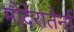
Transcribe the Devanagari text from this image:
मोदेरातेर्ना